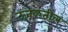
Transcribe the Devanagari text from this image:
उजळतील